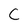
Character: C